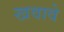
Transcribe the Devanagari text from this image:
खवावे